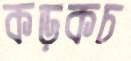
কড়কচ